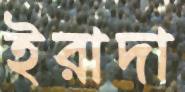
ইরাদা